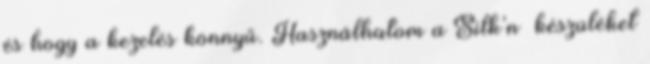
és hogy a kezelés könnyű. Használhatom a Silk’n™ készüléket